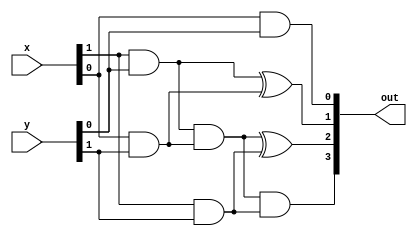
module Vedic2bit( x , y ,out
    );

input [1:0] x,y;
output [3:0] out;

wire f0,f1,f2,f3,f4,f5,f6,f7,f8;

assign f0 = x[0] & y[0];
assign f1 = x[1] & y[0];
assign f2 = x[0] & y[1];
assign f3 = x[1] & y[1];

assign f5 = f1 ^ f2;
assign f6 = f1 & f2;

assign f7 = f6 ^ f3;
assign f8 = f6 & f3;

assign out = {f8,f7,f5,f0};

endmodule